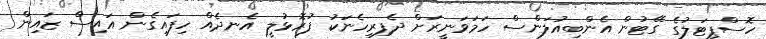
ހޮސްޕިޓަލުގެ ގޭޓުން އެންބިއުލަންސް ހަމަވަނީރަށް ދެފިރިހެނަކު ފުރޮޅުލީ އެނދެއް ހިފައިގެން އައިސް ޒައިން